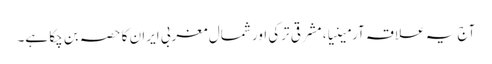
آج یہ علاقہ آرمینیا، مشرقی ترکی اور شمال مغربی ایران کا حصہ بن چکا ہے۔